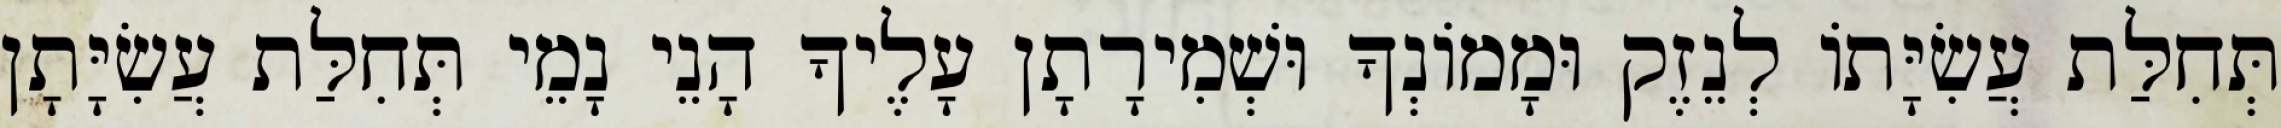
תְּחִלַּת עֲשִׂיָּתוֹ לְנֵזֶק וּמָמוֹנְךָ וּשְׁמִירָתָן עָלֶיךָ הָנֵי נָמֵי תְּחִלַּת עֲשִׂיָּתָן